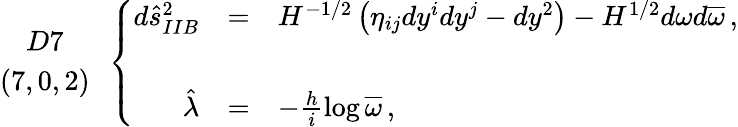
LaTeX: \begin{array}{c}{{D7}}\\ {{(7,0,2)}}\end{array}\, \, \, \left\{ \begin{array}{rcl}{{d\hat{s}_{IIB}^{2}}}&{{=}}&{{H^{-1/2}\left(\eta_{ij}dy^{i}dy^{j}-dy^{2}\right)-H^{1/2}d\omega d\overline{{{\omega}}}\, ,}}\\ {{}}&{{}}&{{}}\\ {{\hat{\lambda}}}&{{=}}&{{-\frac{h}{i}\log{\overline{{{\omega}}}}\, ,}}\end{array}\right.